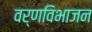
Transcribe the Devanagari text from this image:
वर्णविभाजन